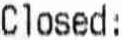
CLOSED :